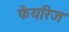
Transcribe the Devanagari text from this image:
फेयरिज